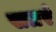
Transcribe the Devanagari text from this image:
सतरं